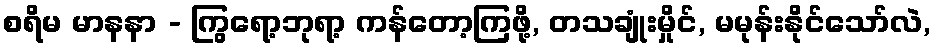
စရိမ မာနနာ - ကြွရော့ဘုရာ့ ကန်တော့ကြဖို့, တသချုံးမှိုင်, မမုန်းနိုင်သော်လဲ,